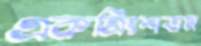
একত্রিংশত্তম